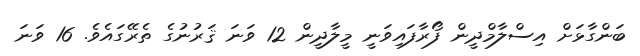
ބަންގާޅަށް އިސްލާމްދީން ފޯރާފައިވަނީ މީލާދީން 12 ވަނަ ޤަރުނުގެ ތެރޭގައެވެ. 16 ވަނަ